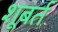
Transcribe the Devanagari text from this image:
शूबर्त